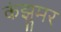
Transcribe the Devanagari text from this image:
कंझुमर